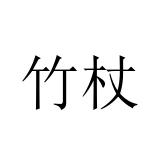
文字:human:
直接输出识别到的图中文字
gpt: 竹杖